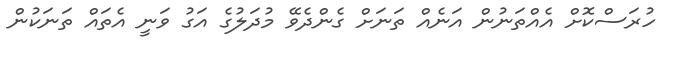
ހުރަސްކޮށް އެއްތަނުން އަނެއް ތަނަށް ގެންދެވޭ މުދަލުގެ އަގު ވަނީ އެތައް ތަނަކުން